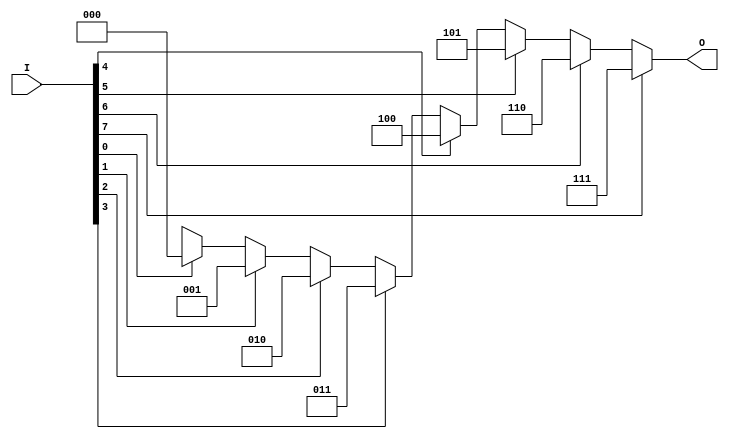
module encoder_8to3 (
    input wire [7:0] I,    // 8 input lines
    output reg [2:0] O     // 3-bit output
);

    always @(*) begin
        case (1'b1)         // Check for the highest priority input
            I[7]: O = 3'b111; // I7 is active
            I[6]: O = 3'b110; // I6 is active
            I[5]: O = 3'b101; // I5 is active
            I[4]: O = 3'b100; // I4 is active
            I[3]: O = 3'b011; // I3 is active
            I[2]: O = 3'b010; // I2 is active
            I[1]: O = 3'b001; // I1 is active
            I[0]: O = 3'b000; // I0 is active
            default: O = 3'bxxx; // Invalid state (no input active)
        endcase
    end

endmodule